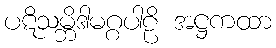
ပဋိသမ္ဘိဒါမဂ္ဂပါဠိ အဋ္ဌကထာ